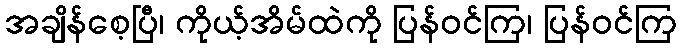
အချိန်စေ့ပြီ၊ ကိုယ့်အိမ်ထဲကို ပြန်ဝင်ကြ၊ ပြန်ဝင်ကြ